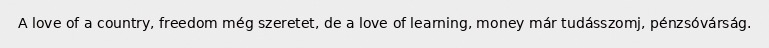
A love of a country, freedom még szeretet, de a love of learning, money már tudásszomj, pénzsóvárság.